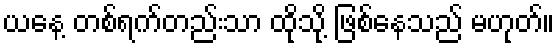
ယနေ့ တစ်ရက်တည်းသာ ထိုသို့ ဖြစ်နေသည် မဟုတ်။